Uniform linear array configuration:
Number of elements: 12
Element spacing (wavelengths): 0.75
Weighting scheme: exponential
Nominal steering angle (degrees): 0
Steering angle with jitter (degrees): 1.039
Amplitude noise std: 0.05
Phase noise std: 0.05

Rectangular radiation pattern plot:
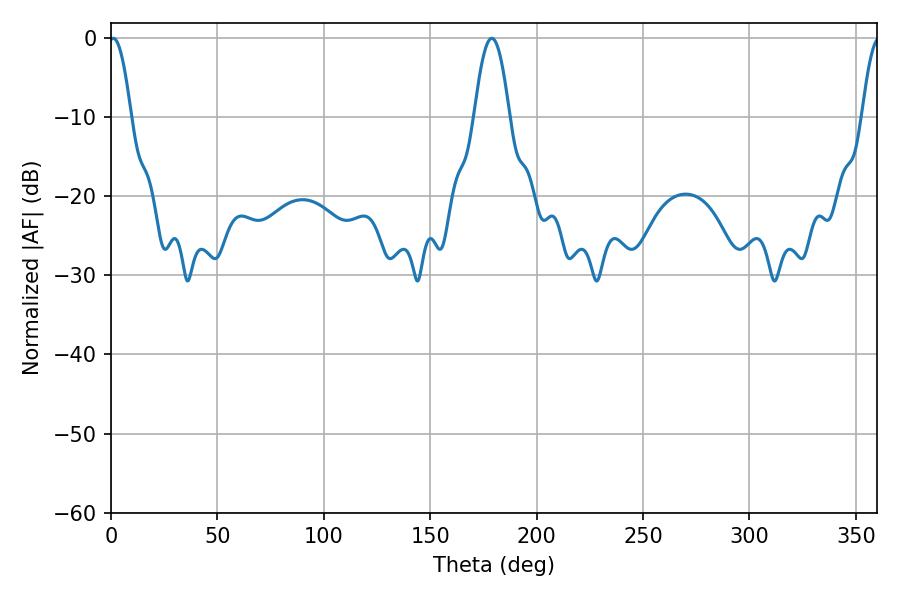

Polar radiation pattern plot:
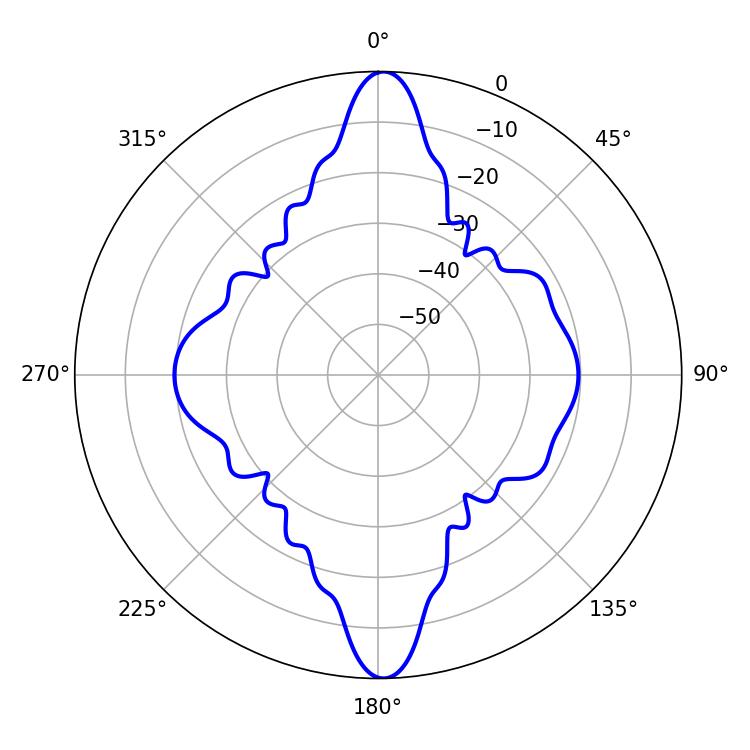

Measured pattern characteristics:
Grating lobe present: TRUE
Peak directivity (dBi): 24.583
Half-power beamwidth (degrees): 5.58
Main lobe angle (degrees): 1.08